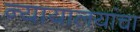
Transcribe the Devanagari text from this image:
न्यायालयांचा